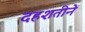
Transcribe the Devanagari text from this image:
दहशतीने